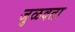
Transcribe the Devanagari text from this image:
जुळवता